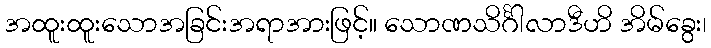
အထူးထူးသောအခြင်းအရာအားဖြင့်။ သောဏသိင်္ဂါလာဒီဟိ အိမ်ခွေး၊